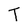
Character: T